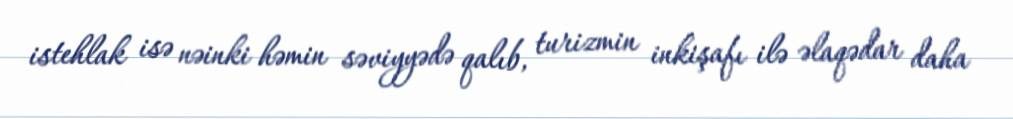
istehlak isə nəinki həmin səviyyədə qalıb, turizmin inkişafı ilə əlaqədar daha